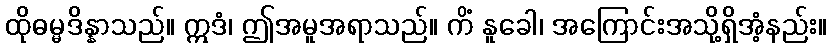
ထိုဓမ္မဒိန္နာသည်။ ဣဒံ၊ ဤအမူအရာသည်။ ကိံ နူခေါ၊ အကြောင်းအသို့ရှိအံ့နည်း။